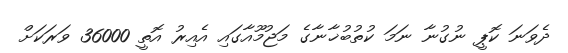
ދެވަނަ ކޮޕީ ނުގުނާ ނަމަ ކުތުބުޚާނާގެ މަޖުމޫއާގައި އެއިރު އޮތީ 36000 ވަރަކަށް